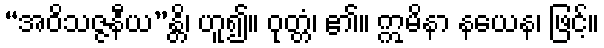
“အဝိသဇ္ဇနီယ”န္တိ၊ ဟူ၍။ ဝုတ္တံ၊ ၏။ ဣမိနာ နယေန၊ ဖြင့်။